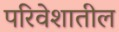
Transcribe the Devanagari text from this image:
परिवेशातील